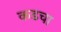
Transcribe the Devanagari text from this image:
कडचा